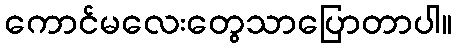
ကောင်မလေးတွေသာပြောတာပါ။